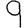
Digit: 9